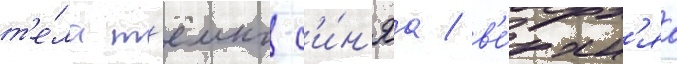
т'е́ла т'ёмно-с'и́н'яа / в'е́рхн'яа